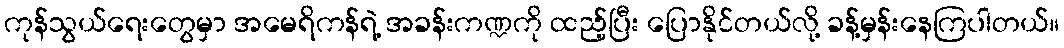
ကုန်သွယ်ရေးတွေမှာ အမေရိကန်ရဲ့ အခန်းကဏ္ဍကို ထည့်ပြီး ပြောနိုင်တယ်လို့ ခန့်မှန်းနေကြပါတယ်။